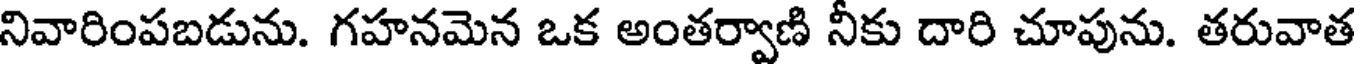
నివారింపబడును. గహనమెన ఒక అంతర్వాణి నీకు దారి చూపును. తరువాత